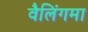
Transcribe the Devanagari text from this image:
वैलिंगमा